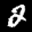
Label: 2